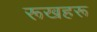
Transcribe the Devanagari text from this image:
रूखहरू